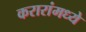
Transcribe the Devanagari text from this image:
करारांमध्ये